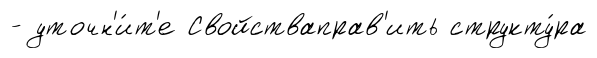
- уточн'и́т'е Свойстваправ'ить структу́ра